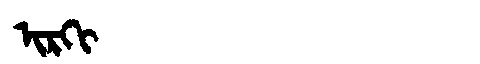
Manchu: ᡳᡵᡴᡳ
Romanization: IRKI